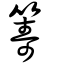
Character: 籌